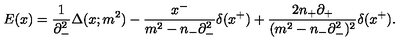
E ( x ) = \frac { 1 } { { \partial } _ { - } ^ { 2 } } { \Delta } ( x ; m ^ { 2 } ) - \frac { x ^ { - } } { m ^ { 2 } - n _ { - } { \partial } _ { - } ^ { 2 } } { \delta } ( x ^ { + } ) + \frac { 2 n _ { + } { \partial } _ { + } } { ( m ^ { 2 } - n _ { - } { \partial } _ { - } ^ { 2 } ) ^ { 2 } } { \delta } ( x ^ { + } ) .